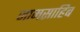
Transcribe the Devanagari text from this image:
जामसाहिब